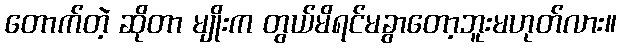
တောက်တဲ့ ဆိုတာ မျိုးက တွယ်မိရင်မခွာတော့ဘူးမဟုတ်လား။